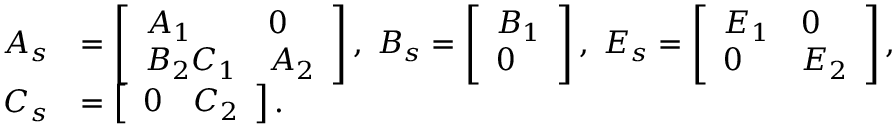
\begin{array} { r l } { A _ { s } } & { = \left[ \begin{array} { l l } { A _ { 1 } } & { 0 } \\ { B _ { 2 } C _ { 1 } } & { A _ { 2 } } \end{array} \right] , \; B _ { s } = \left[ \begin{array} { l } { B _ { 1 } } \\ { 0 } \end{array} \right] , \; E _ { s } = \left[ \begin{array} { l l } { E _ { 1 } } & { 0 } \\ { 0 } & { E _ { 2 } } \end{array} \right] , } \\ { C _ { s } } & { = \left[ \begin{array} { l l } { 0 } & { C _ { 2 } } \end{array} \right] . } \end{array}